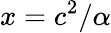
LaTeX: x=c^{2}/\alpha